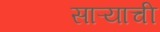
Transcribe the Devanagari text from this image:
साऱ्याची